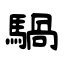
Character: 騧